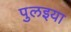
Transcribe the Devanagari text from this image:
पुलइया